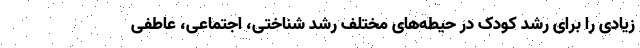
زیادی را برای رشد کودک در حیطه‌های مختلف رشد شناختی، اجتماعی، عاطفی